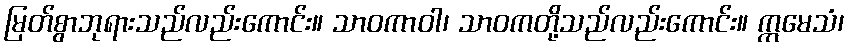
မြတ်စွာဘုရားသည်လည်းကောင်း။ သာဝကာဝါ၊ သာဝကတို့သည်လည်းကောင်း။ ဣမေသံ၊